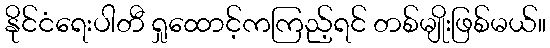
နိုင်ငံရေးပါတီ ရှုထောင့်ကကြည့်ရင် တစ်မျိုးဖြစ်မယ်။